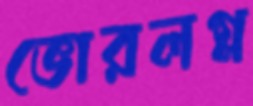
ভোরলগ্ন